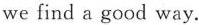
we find a good way.